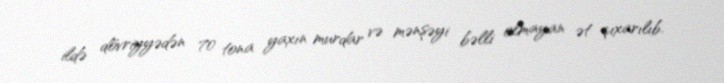
ildə dövriyyədən 70 tona yaxın murdar və mənşəyi bəlli olmayan ət çıxarılıb.